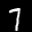
Label: 7